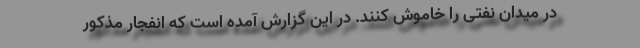
در میدان نفتی را خاموش کنند. در این گزارش آمده است که انفجار مذکور